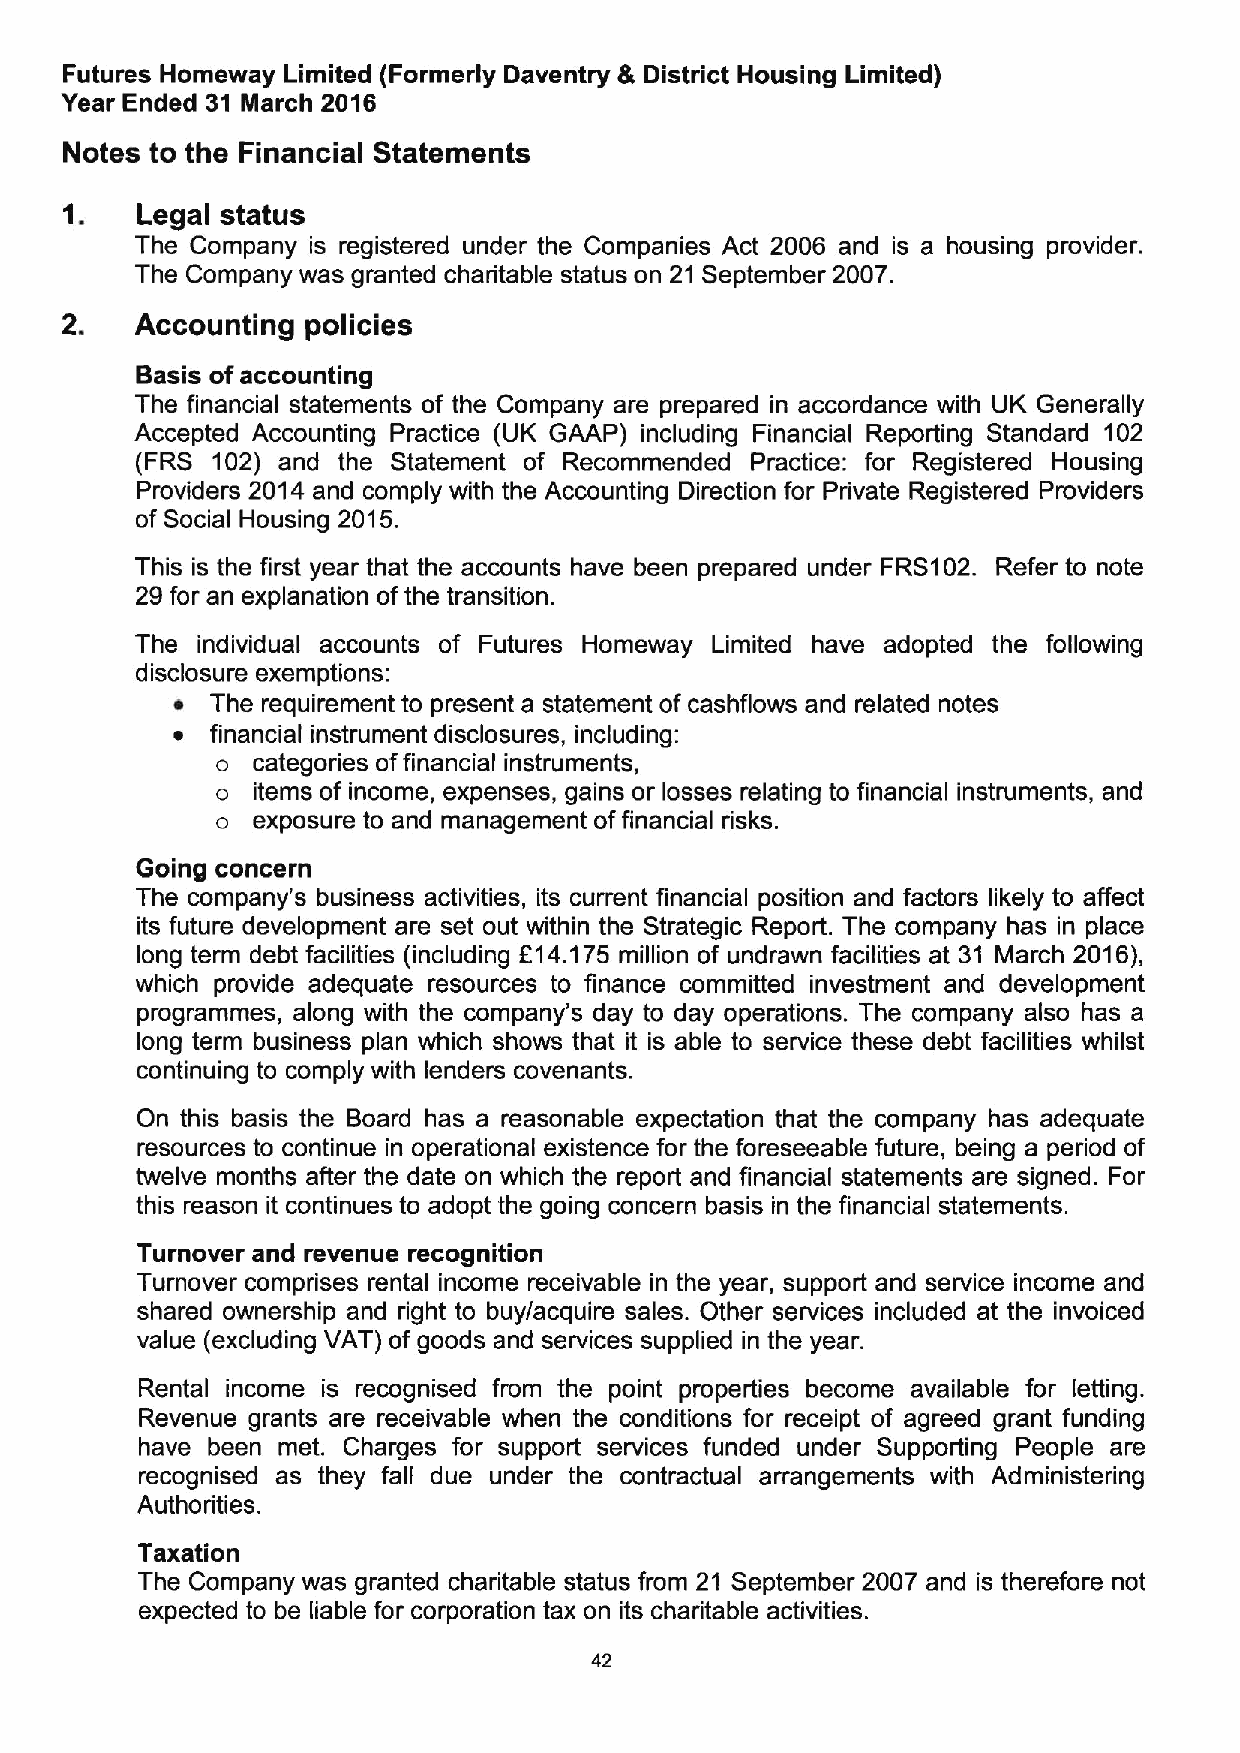
Futures Homeway Limited (Formerly Daventry &District Housing Limited)
 Year Ended 31 March 2016
 Notes to the Financial Statements
 Legal status
 The Company is registered under the Companies Act 2006 and is a housing provider.
 The Company was granted charitable status on 21 September 2007.
 Accounting policies
 Basis ofaccounting
 The financial statements of the Company are prepared in accordance with UK Generally
 Accepted Accounting Practice (UK GAAP) including Financial Reporting Standard 102
 (FRS 102) and the Statement of Recommended Practice: for Registered Housing
 Providers 2014 and comply with the Accounting Direction for Private Registered Providers
 of Social Housing 2015.
 This is the first year that the accounts have been prepared under FRS102. Refer to note
 29 for an explanation ofthe transition.
 The individual accounts of Futures Homeway Limited have adopted the following
 disclosure exemptions:
 ~  The requirement to present a statement of cashflows and related notes
 ~  financial instrument disclosures, including:
 o  categories offinancial instruments,
 o  items of income, expenses, gains or losses relating to financial instruments, and
 o  exposure to and management offinancial risks.
 Going concern
 The company's business activities, its current financial position and factors likely to affect
 its future development are set out within the Strategic Report. The company has in place
 long term debt facilities (including L'14.175 million of undrawn facilities at 31 March 2016),
 which provide adequate resources to finance committed investment and development
 programmes, along with the company's day to day operations. The company also has a
 long term business plan which shows that it is able to service these debt facilities whilst
 continuing to comply with lenders covenants.
 On this basis the Board has a reasonable expectation that the company has adequate
 resources to continue in operational existence for the foreseeable future, being a period of
 twelve months after the date on which the report and financial statements are signed. For
 this reason it continues to adopt the going concern basis in the financial statements.
 Turnover and revenue recognition
 Turnover comprises rental income receivable in the year, support and service income and
 shared ownership and right to buy/acquire sales. Other services included at the invoiced
 value (excluding VAT) of goods and services supplied in the year.
 Rental income is recognised from the point properties become available for letting.
 Revenue grants are receivable when the conditions for receipt of agreed grant funding
 have been met. Charges for support services funded under Supporting People are
 recognised as they fall due under the contractual arrangements with Administering
 Authorities.
 Taxation
 The Company was granted charitable status from 21 September 2007 and is therefore not
 expected to be liable for corporation tax on its charitable activities.
 42